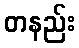
တနည်း